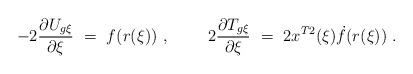
\begin{align*}-2\frac{\partial U_{g\xi}}{\partial \xi}\ =\ f(r(\xi))\ ,\ \ \ \ \ \ \ \-2\frac{\partial T_{g\xi}}{\partial \xi}\ =\ 2x^{T2}(\xi)\dot f(r(\xi))\ .\end{align*}